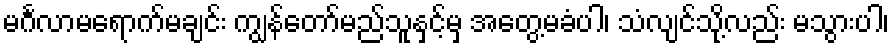
မင်္ဂလာမရောက်မချင်း ကျွန်တော်မည်သူနှင့်မှ အတွေ့မခံပါ၊ သံလျင်သို့လည်း မသွားပါ၊